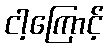
ငါ့ကြောင့်